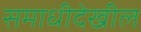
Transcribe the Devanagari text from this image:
समाधीदेखील